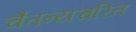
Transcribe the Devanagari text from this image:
चैतन्यचरित